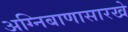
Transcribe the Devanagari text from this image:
अग्निबाणासारखे